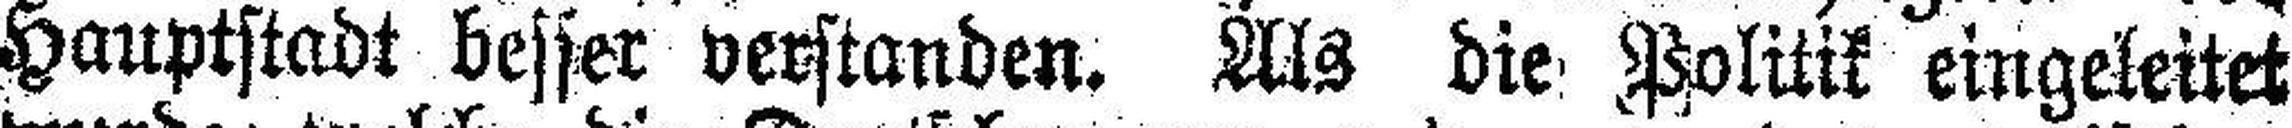
Hauptstadt besser verstanden. Als die Politik eingeleitet